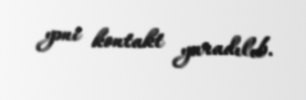
yəni kontakt yaradılıb.